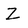
Character: Z